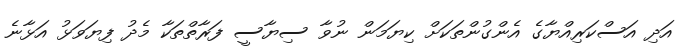
އަދި އަސްކަރިއްޔާގެ އެންގުންތަކަށް ކިޔަމަން ނުވާ ސިޔާސީ ފަރާތްތަކާ މެދު ފިޔަވަޅު އަޅާނެ